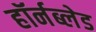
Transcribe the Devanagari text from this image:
हॉर्नब्लेड